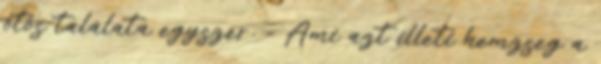
ötös találata egyszer. - Ami azt illeti hemzseg a